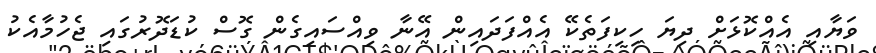
ވަޔާއި އެއްކޮޅަށް ދިޔަ ހިކިފަތެކޭ އެއްފަދައިން އޭނާ ވިއްސައިގެން ގޮސް ކުޑަދޮރުގައި ޖެހުމާއެކު